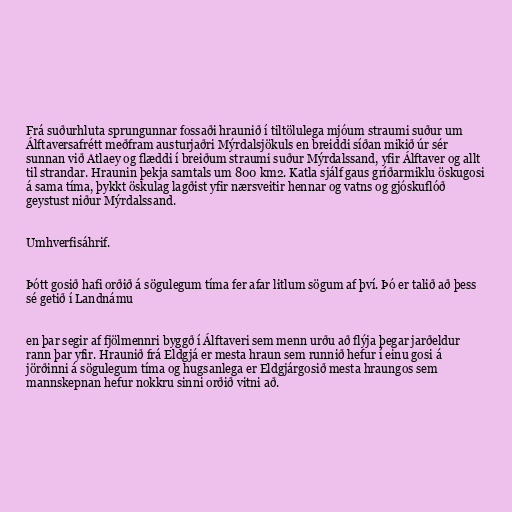
Frá suðurhluta sprungunnar fossaði hraunið í tiltölulega mjóum straumi suður um
Álftaversafrétt meðfram austurjaðri Mýrdalsjökuls en breiddi síðan mikið úr sér
sunnan við Atlaey og flæddi í breiðum straumi suður Mýrdalssand, yfir Álftaver og allt
til strandar. Hraunin þekja samtals um 800 km2. Katla sjálf gaus gríðarmiklu öskugosi
á sama tíma, þykkt öskulag lagðist yfir nærsveitir hennar og vatns og gjóskuflóð
geystust niður Mýrdalssand.

Umhverfisáhrif.

Þótt gosið hafi orðið á sögulegum tíma fer afar litlum sögum af því. Þó er talið að þess
sé getið í Landnámu

en þar segir af fjölmennri byggð í Álftaveri sem menn urðu að flýja þegar jarðeldur
rann þar yfir. Hraunið frá Eldgjá er mesta hraun sem runnið hefur í einu gosi á
jörðinni á sögulegum tíma og hugsanlega er Eldgjárgosið mesta hraungos sem
mannskepnan hefur nokkru sinni orðið vitni að.